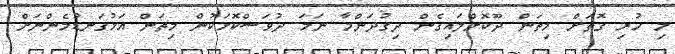
މި ހުރި ގޮތަށް މިތަން ދޫކޮށްލައިގެން ދިގުދަންމާ ނަމަ ދުވަސްކޮޅަކުން މިތަން އަޅުގަނޑުމެންނަށް